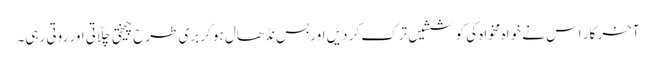
آخر کار اس نے خواہ مخواہ کی کوششیں ترک کر دیں اور بس نڈھال ہو کر بری طرح چیختی چلّاتی اور روتی رہی۔